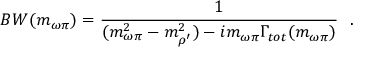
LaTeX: { \cal B W } ( m _ { \omega \pi } ) = { \frac { 1 } { ( m _ { \omega \pi } ^ { 2 } - m _ { \rho ^ { \prime } } ^ { 2 } ) - i m _ { \omega \pi } \Gamma _ { t o t } ( m _ { \omega \pi } ) } } ~ ~ .